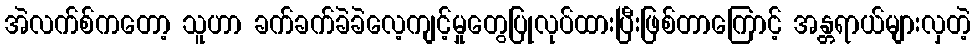
အဲလက်စ်ကတော့ သူဟာ ခက်ခက်ခဲခဲလေ့ကျင့်မှုတွေပြုလုပ်ထားပြီးဖြစ်တာကြောင့် အန္တရာယ်များလှတဲ့